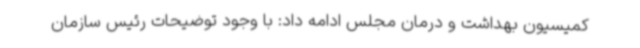
کمیسیون بهداشت و درمان مجلس ادامه داد: با وجود توضیحات رئیس سازمان